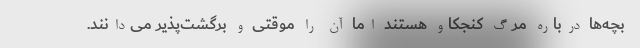
بچه‌ها درباره مرگ کنجکاو هستند اما آن را موقتی و برگشت‌پذیر می‌دانند.